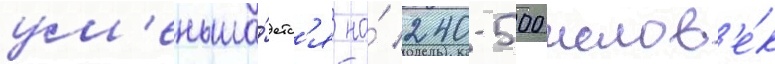
ум'еньша́етс'я на́ 240-500 челов'е́к